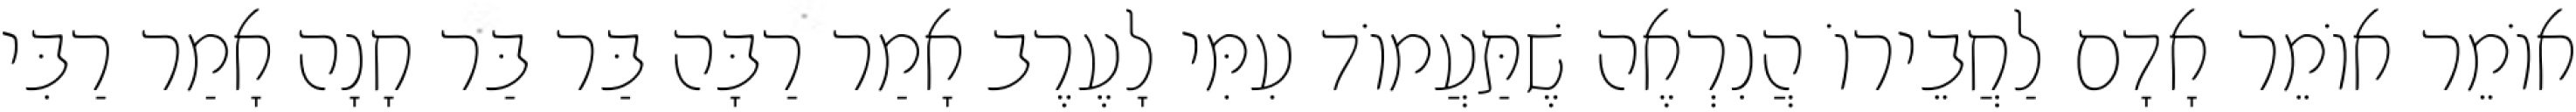
אוֹמֵר אוֹמֵר אָדָם לַחֲבֵירוֹ הֲנִרְאֶה שֶׁתַּעֲמוֹד עִמִּי לָעֶרֶב אָמַר רַבָּה בַּר בַּר חָנָה אָמַר רַבִּי